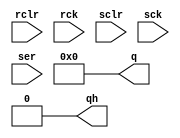
module sn74ls594(q, qh, rclr, rck, sclr, sck, ser);
input rclr, rck, sclr, sck, ser;
output [7:0] q;
output qh;
reg [7:0] shifter, preg;

parameter
	tPLH_min=0,  tPLH_typ=12,  tPLH_max=18, // rck -> q
	tPHL_min=0,  tPHL_typ=20,  tPHL_max=30,
	tPLHH_min=0, tPLHH_typ=12, tPLHH_max=18, // sck -> qh
	tPHLH_min=0, tPHLH_typ=15, tPHLH_max=23;

initial
begin
	shifter <= 8'bxxxxxxxx;
	preg <= 8'bxxxxxxxx;
end

always @(sclr==0)
begin
	shifter <= 8'b0000000;
end

always @(rclr==0)
begin
	preg <= 8'b0000000;
end

always @(posedge sck)
begin
	if (sclr==1 && sck==1)
		shifter <= { shifter[6:0], ser };
end

always @(posedge rck)
begin
	if (rclr==1 && rck==1)
		preg <= shifter;
end

assign #(tPLH_min:tPLH_typ:tPLH_max, tPHL_min:tPHL_typ:tPHL_max)
	q = preg;
assign #(tPLHH_min:tPLHH_typ:tPLHH_max, tPHLH_min:tPHLH_typ:tPHLH_max)
	qh = shifter[7];

endmodule